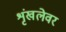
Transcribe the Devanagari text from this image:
शृंखलेवर